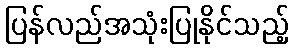
ပြန်လည်အသုံးပြုနိုင်သည့်